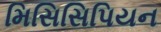
મિસિસિપિયન